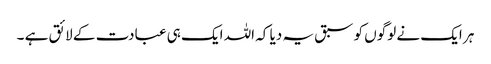
ہر ایک نے لوگوں کو سبق یہ دیا کہ اللہ ایک ہی عبادت کے لائق ہے ۔